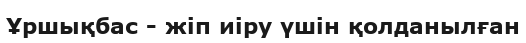
Ұршықбас - жіп иіру үшін қолданылған